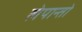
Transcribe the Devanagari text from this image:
लेपान्तो